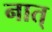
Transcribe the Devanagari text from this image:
नात्